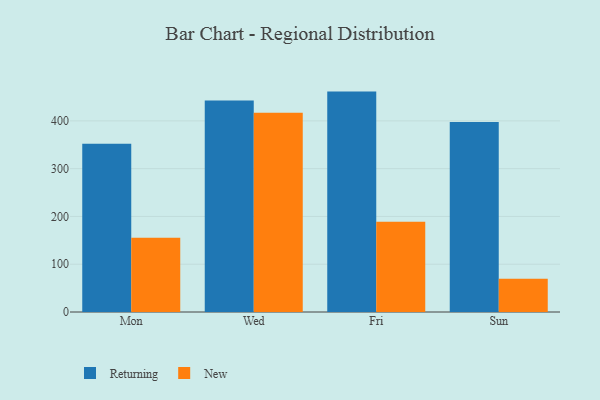
{"axis": {"x": "Day", "y": "Satisfaction Score"}, "legend": ["New", "Returning"], "data": [{"x": "Mon", "y": 352.0, "type": "Returning"}, {"x": "Mon", "y": 155.4, "type": "New"}, {"x": "Wed", "y": 442.8, "type": "Returning"}, {"x": "Wed", "y": 416.8, "type": "New"}, {"x": "Fri", "y": 461.3, "type": "Returning"}, {"x": "Fri", "y": 188.8, "type": "New"}, {"x": "Sun", "y": 397.6, "type": "Returning"}, {"x": "Sun", "y": 69.4, "type": "New"}]}